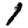
Digit: 1